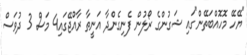
"ޔޭހޭ މޮހޮއްބަތޭން"ގައި ޝަގުންގެ ރޯލުން ފެނިގެންދާ އަނީތާ ރާއްޖޭގައި4 މަސް 3 ދުވަސް